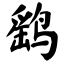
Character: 鹞